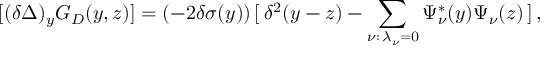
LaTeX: [ ( \delta \Delta ) _ { y } G _ { D } ( y , z ) ] = ( - 2 \delta \sigma ( y ) ) \, [ \, \delta ^ { 2 } ( y - z ) - \sum _ { \nu : \, \lambda _ { \nu } = 0 } \Psi _ { \nu } ^ { * } ( y ) \Psi _ { \nu } ( z ) \, ] \, ,